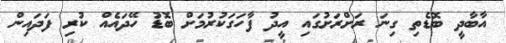
އާބާދީ ބޮޑެތި ގިނަ ރަށްރަށުގައި އީދު ފާހަގަކުރުމަށް ބޮޑު ހޭދައެއް ކުރި ފަދައިން